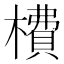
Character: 𣙿